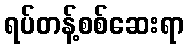
ရပ်တန့်စစ်ဆေးရာ